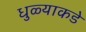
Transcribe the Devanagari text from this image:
धुळ्याकडे